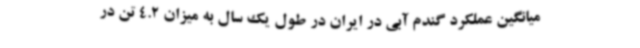
میانگین عملکرد گندم آبی در ایران در طول یک سال به میزان 4.2 تن در